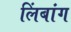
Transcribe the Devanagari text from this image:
लिंबांग